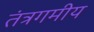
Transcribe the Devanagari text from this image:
तंत्रगमीय